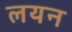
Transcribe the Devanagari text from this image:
लयन